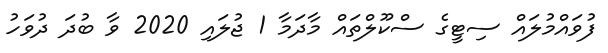
ފުވައްމުލައް ސިޓީގެ ސްކޫލްތައް މާދަމާ 1 ޖުލައި 2020 ވާ ބުދަ ދުވަހު